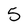
Character: 5